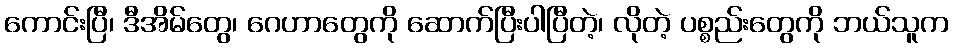
ကောင်းပြီ၊ ဒီအိမ်တွေ၊ ဂေဟာတွေကို ဆောက်ပြီးပါပြီတဲ့၊ လိုတဲ့ ပစ္စည်းတွေကို ဘယ်သူက